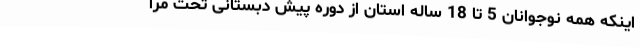
اینکه همه نوجوانان 5 تا 18 ساله استان از دوره پیش دبستانی تحت مرا